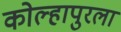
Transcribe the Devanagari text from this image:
कोल्हापुरला